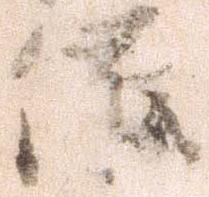
催